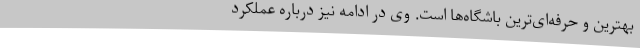
بهترین و حرفه‌ای‌ترین باشگاه‌ها است. وی در ادامه نیز درباره عملکرد